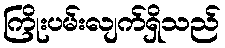
ကြိုးပမ်းလျက်ရှိသည်